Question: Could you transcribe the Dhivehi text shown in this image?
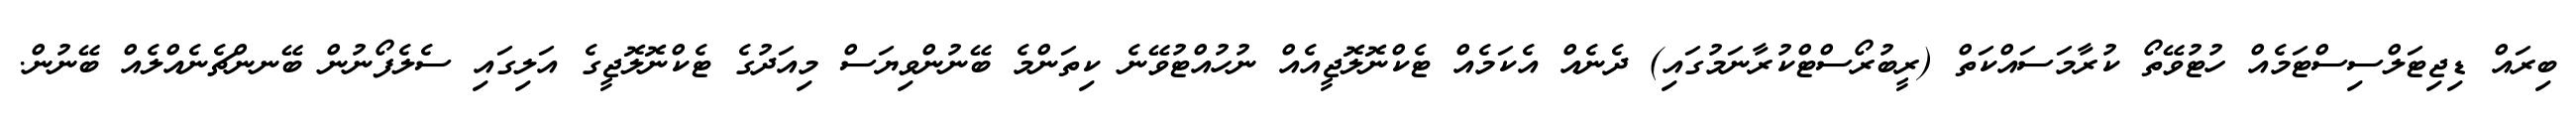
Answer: ބިރައް ޑިޖިޓަލްސިސްޓަމެއް ހުޓުވޭތޯ ކުރާމަސައްކަތް (ރީބުރޯސްޓްކުރާނަމުގައި) ދެނެއް އެކަމެއް ޓެކްނޮލޮޖީއެއް ނުހުއްޓުވޭނެ ކިތަންމެ ބޭނުންވިޔަސް މިއަދުގެ ޓެކްނޮލޮޖީގެ އަލިގައި ސެލެފޯނުން ބޭނންޗެނެއްލެއް ބޭނުން.